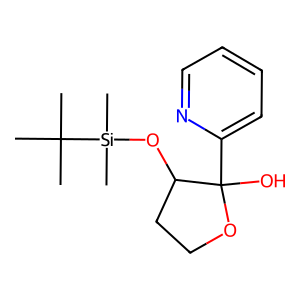
SMILES: CC(C)(C)[Si](C)(C)OC1CCOC1(O)c1ccccn1
Inhibits HIV replication: No